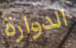
الدوارة